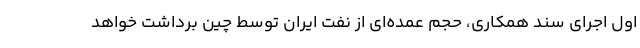
اول اجرای سند همکاری، حجم عمده‌ای از نفت ایران توسط چین برداشت خواهد